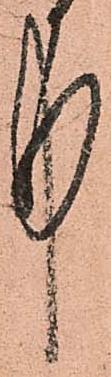
中